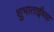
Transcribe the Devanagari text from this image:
शुभाताईंच्या